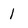
Character: 1